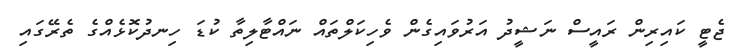
ޖެޓީ ކައިރިން ރައީސް ނަޝީދު އަރުވައިގެން ވެހިކަލްތައް ނައްޓާލިތާ ކުޑަ ހިނދުކޮޅެއްގެ ތެރޭގައި